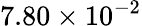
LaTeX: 7.80\times 10^{-2}